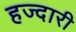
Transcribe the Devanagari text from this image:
हज्दारी